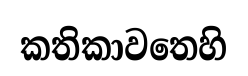
කතිකාවතෙහි